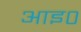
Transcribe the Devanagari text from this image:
आइ०